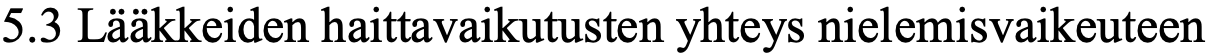
5.3 Lääkkeiden haittavaikutusten yhteys nielemisvaikeuteen